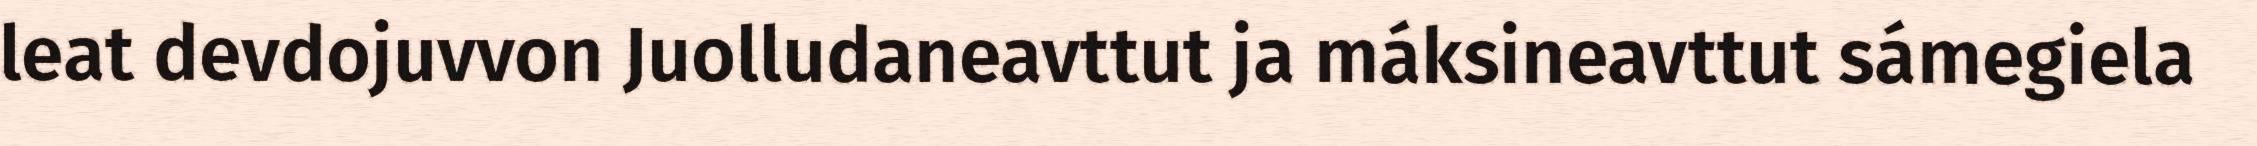
leat devdojuvvon Juolludaneavttut ja máksineavttut sámegiela